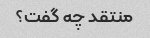
منتقد چه گفت؟